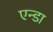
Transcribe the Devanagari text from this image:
एन्डा